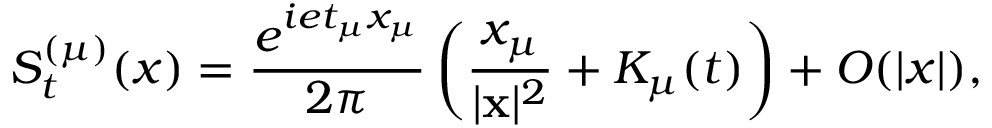
S _ { t } ^ { ( \mu ) } ( x ) = \frac { e ^ { i e t _ { \mu } x _ { \mu } } } { 2 \pi } \left( \frac { x _ { \mu } } { | { \bf x } | ^ { 2 } } + K _ { \mu } ( t ) \right) + O ( | x | ) ,